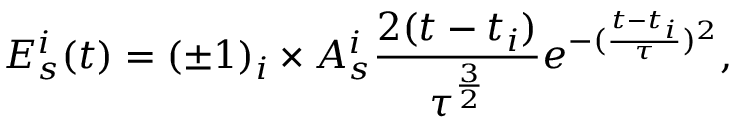
E _ { s } ^ { i } ( t ) = ( \pm 1 ) _ { i } \times A _ { s } ^ { i } \frac { 2 ( t - t _ { i } ) } { \tau ^ { \frac { 3 } { 2 } } } e ^ { - ( \frac { t - t _ { i } } { \tau } ) ^ { 2 } } ,